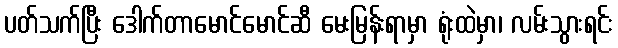
ပတ်သက်ပြီး ဒေါက်တာမောင်မောင်ဆီ မေးမြန်းရာမှာ ရုံးထဲမှာ၊ လမ်းသွားရင်း